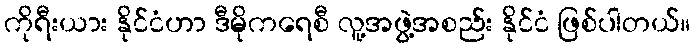
ကိုရီးယား နိုင်ငံဟာ ဒီမိုကရေစီ လူ့အဖွဲ့အစည်း နိုင်ငံ ဖြစ်ပါတယ်။